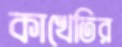
কাখেতির